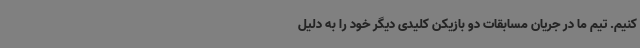
کنیم. تیم ما در جریان مسابقات دو بازیکن کلیدی دیگر خود را به دلیل